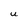
Character: U